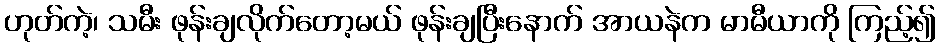
ဟုတ်ကဲ့၊ သမီး ဖုန်းချလိုက်တော့မယ် ဖုန်းချပြီးနောက် အာယနဲက မာမီယာကို ကြည့်၍